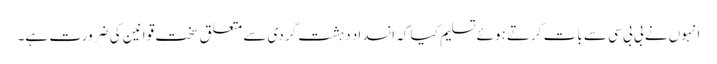
انہوں نے بی بی سی سے بات کرتے ہوئے تسلیم کیا کہ انسداد دہشت گردی سے متعلق سخت قوانین کی ضرورت ہے۔